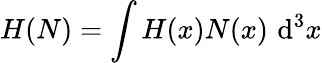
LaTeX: H(N)=\int H(x)N(x)\, \operatorname{d}^{3}\! x